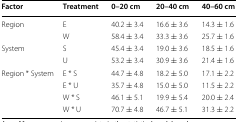
| Factor | Treatment | 0–20 cm | 20–40 cm | 40–60 cm |
 | --- | --- | --- | --- | --- |
 | <ROWSPAN=2> Region | E | 40.2 ± 3.4 | 16.6 ± 3.6 | 14.3 ± 1.6 |
 | W | 58.4 ± 3.4 | 33.3 ± 3.6 | 25.7 ± 1.6 |
 | <ROWSPAN=2> System | S | 45.4 ± 3.4 | 19.0 ± 3.6 | 18.5 ± 1.6 |
 | U | 53.2 ± 3.4 | 30.9 ± 3.6 | 21.4 ± 1.6 |
 | <ROWSPAN=4> Region * System | E * S | 44.7 ± 4.8 | 18.2 ± 5.0 | 17.1 ± 2.2 |
 | E * U | 35.7 ± 4.8 | 15.0 ± 5.0 | 11.5 ± 2.2 |
 | W * S | 46.1 ± 5.1 | 19.9 ± 5.4 | 20.0 ± 2.4 |
 | W * U | 70.7 ± 4.8 | 46.7 ± 5.1 | 31.3 ± 2.2 |